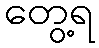
တွေ့ရ